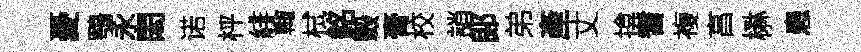
憂鶚永閎诺枰緋輙栻銘轂膏校誚郞弟產丈揜耆複亯楙患